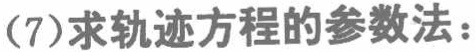
(7)求轨迹方程的参数法：